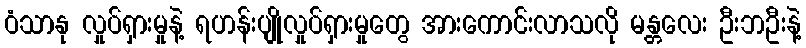
ဝံသာနု လှုပ်ရှားမှုနဲ့ ရဟန်းပျိုလှုပ်ရှားမှုတွေ အားကောင်းလာသလို မန္တလေး ဦးဘဦးနဲ့